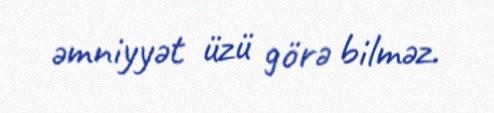
əmniyyət üzü görə bilməz.